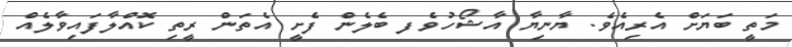
މަތީ ބަޔަށް އެރިއެވެ. ޔާނިޔާ އާޝޯހުވެފ ބެލެން ފެށީ އެތަން ރީތި ކޮއްލާފައިވާލެއް